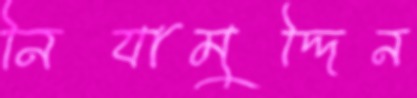
নিযামুদ্দিন